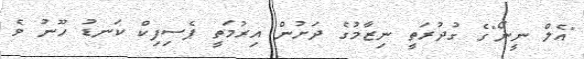
"އެލް ނީނޯ"ގެ ގުދުރަތީ ނިޒާމުގެ ދަށުން އިރުމަތީ ޕެސިފިކް ކަނޑު ހޫނު ވެ